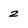
Character: 2